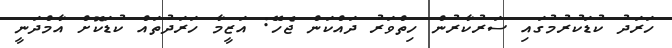
ހަރަދު ކުޑަކުރުމުގައި ސަރުކާރުން ހިތްވަރު ދައްކަން ޖެހޭ: އަޒީމާ ހަރަދުތައް ކުޑަކޮށް އާމްދަނީ